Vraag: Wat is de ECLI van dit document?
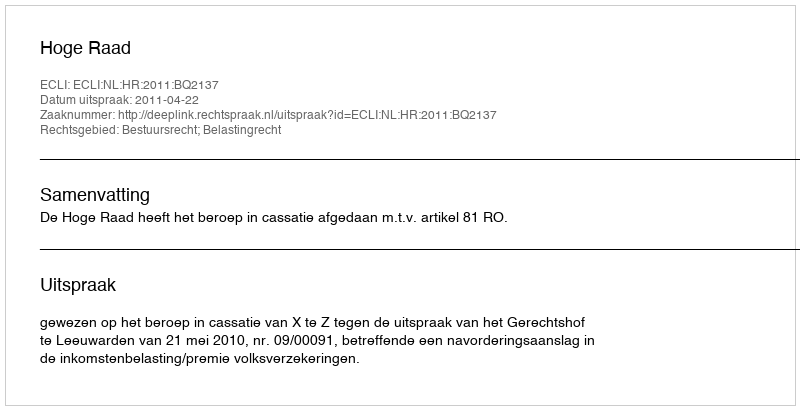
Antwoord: ECLI:NL:HR:2011:BQ2137